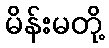
မိန်းမတို့